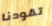
تقودنا